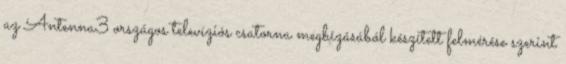
az Antenna3 országos televíziós csatorna megbízásából készített felmérése szerint